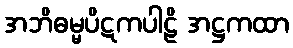
အဘိဓမ္မပိဋကပါဠိ အဋ္ဌကထာ